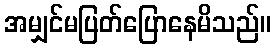
အမျှင်မပြတ်ပြောနေမိသည်။